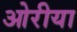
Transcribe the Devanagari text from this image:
ओरीया